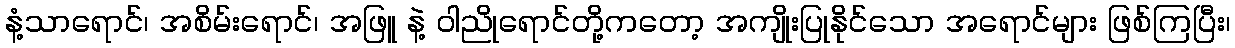
နံ့သာရောင်၊ အစိမ်းရောင်၊ အဖြူ နဲ့ ဝါညိုရောင်တို့ကတော့ အကျိုးပြုနိုင်သော အရောင်များ ဖြစ်ကြပြီး၊